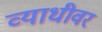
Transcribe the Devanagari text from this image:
व्याधीवर